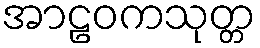
အာဠဝကသုတ္တ